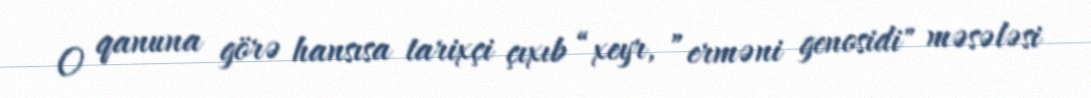
O qanuna görə hansısa tarixçi çıxıb “xeyr, ”erməni genosidi" məsələsi